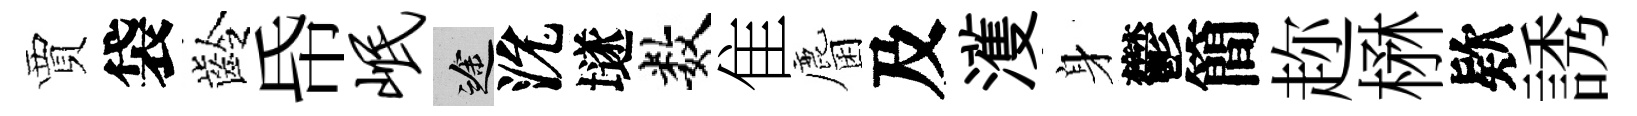
賈袋齡帋岷途沇𡑞数隹麕及濩身鬱簡趂楙欵誘